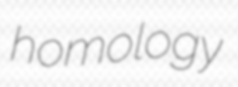
homology